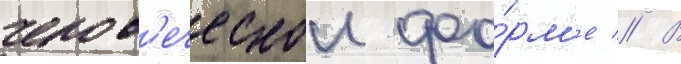
челов'еческои фо́рм'е // В